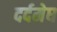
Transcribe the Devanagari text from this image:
दर्दमेघ